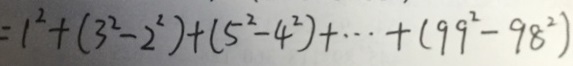
= 1 ^ { 2 } + ( 3 ^ { 2 } - 2 ^ { 2 } ) + ( 5 ^ { 2 } - 4 ^ { 2 } ) + \cdots + ( 9 9 ^ { 2 } - 9 8 ^ { 2 } )